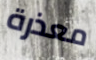
معذرة